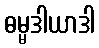
ဓမ္မဒါယာဒါ